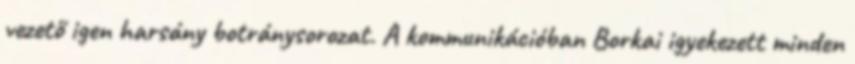
vezető igen harsány botránysorozat. A kommunikációban Borkai igyekezett minden